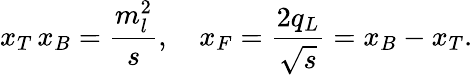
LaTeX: x_{T}\, x_{B}=\frac{m_{l}^{2}}{s},\quad x_{F}=\frac{2q_{L}}{\sqrt{s}}=x_{B}-x_{T}.